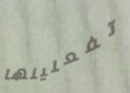
تفعلينها